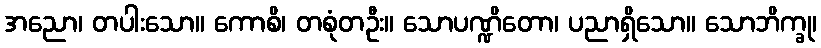
အညော၊ တပါးသော။ ကောစိ၊ တစုံတဦး။ သောပဏ္ဍိတော၊ ပညာရှိသော။ သောဘိက္ခု၊